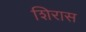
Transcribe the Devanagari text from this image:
शिरास